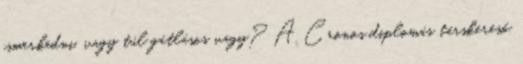
ismerkedni, vagy túl gátlásos vagy? A Cronos diplomás társkereső